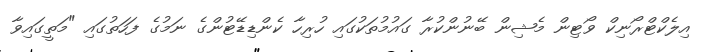
އިލެކްޓްރޯނިކް ވޯޓިން މެޝިން ބޭނުންކުރާ ގައުމުތަކުގައި ހުރިހާ ކެންޑިޑޭޓުންގެ ނަމުގެ ފަހަތުގައި "މަތީގައިވާ